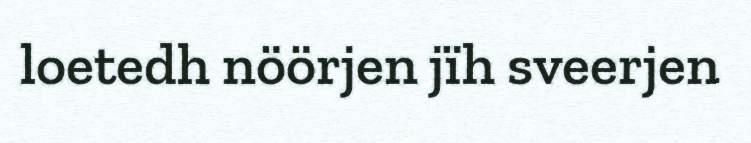
loetedh nöörjen jïh sveerjen